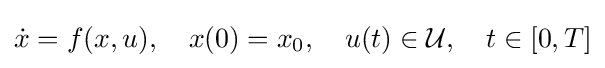
{\dot {x}}=f(x,u),\quad x(0)=x_{0},\quad u(t)\in {\mathcal {U}},\quad t\in [0,T]